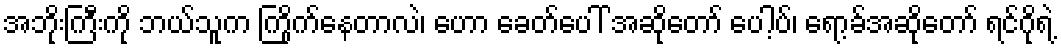
အဘိုးကြီးကို ဘယ်သူက ကြိုက်နေတာလဲ၊ ဟော ခေတ်ပေါ် အဆိုတော် ပေါ့ပ်၊ ရော့ခ်အဆိုတော် ရင်ဂိုရဲ့